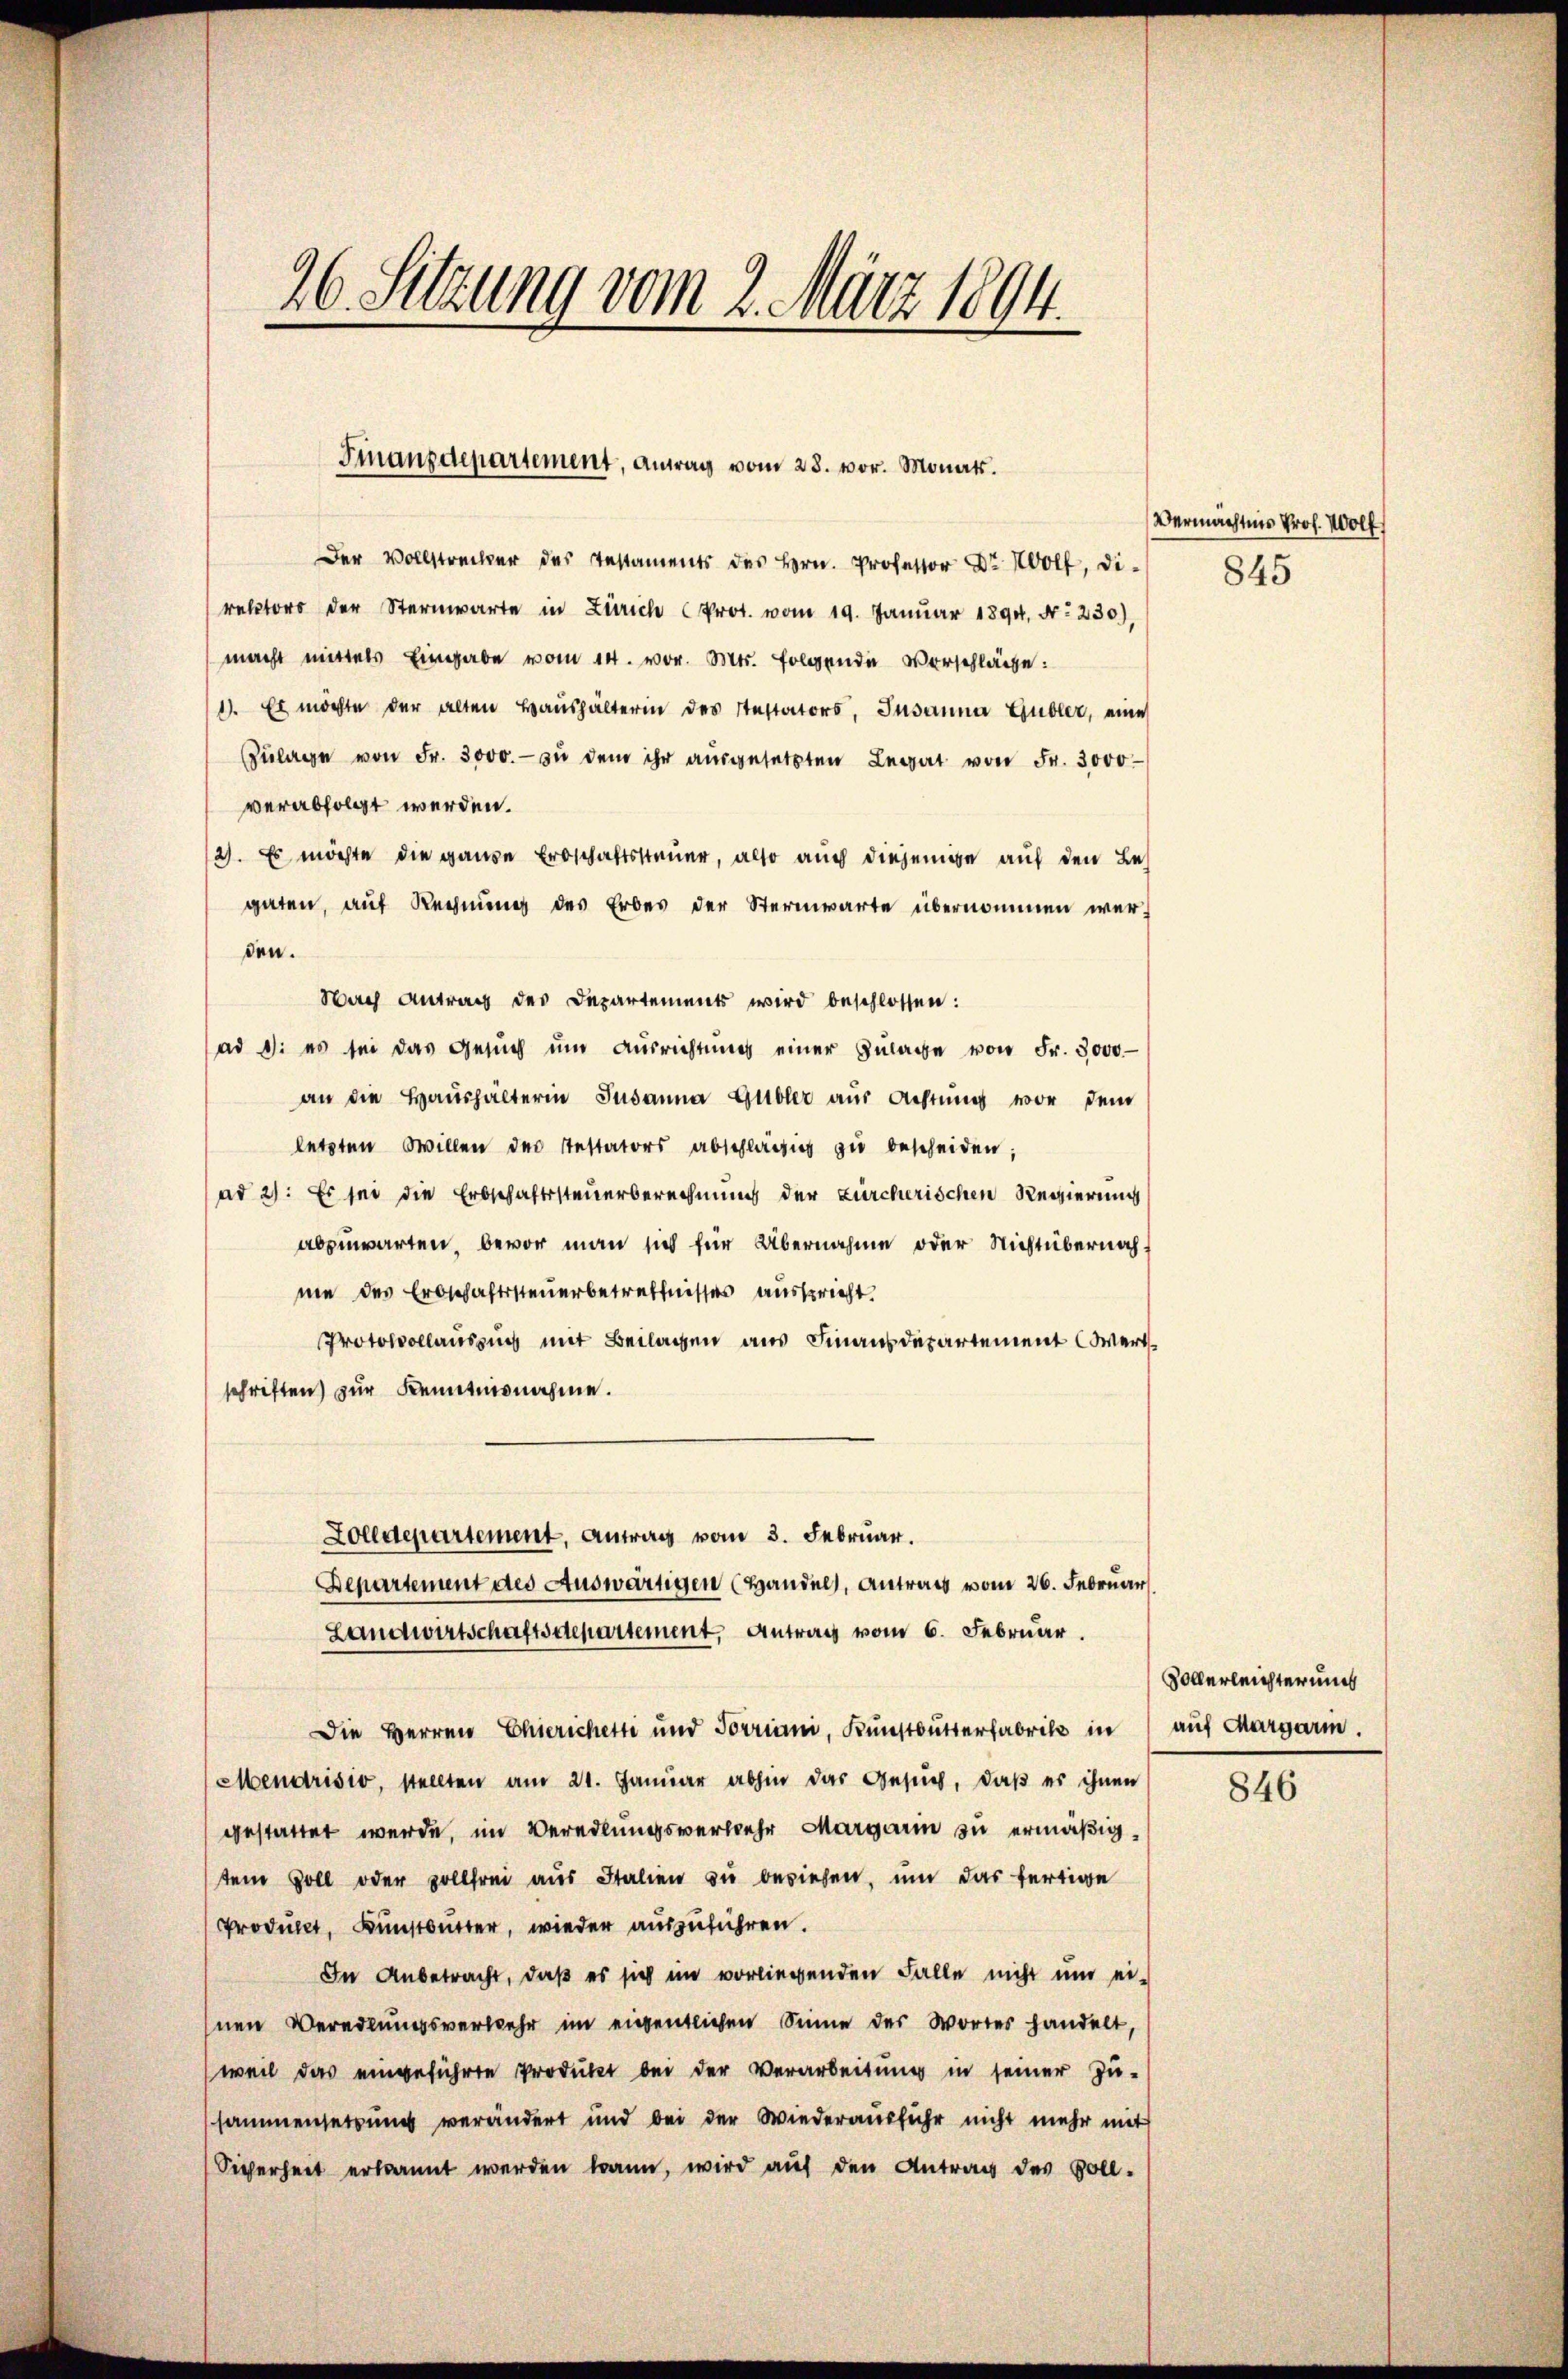
26. Sitzung vom 2. März 1894.

Der Vollstrecker des Testaments des Hrn. Professor Dr. Wolf, direktors der Sternwarte in Zürich Prot. vom 19. Januar 1890, Nr. 230),
macht mittels Eingabe vom 14. vor. Mts. folgende Vorschläge:
1). Es möchte der alten Haŭshälterin des Testators, Susanna Gubler, eine
Zŭlage von Fr. 3000.- zŭ dem ihr aŭsgesetzten Legat von Fr. 3000
verabfolgt werden.
2). Es möchte die ganze Erbschaftssteuer, also auch diejenige auf den Leh
gaten, auf Rechnung des Erbes der Sternwarte übernommen werden.
Nach Antrag des Departements wird beschlossen:
ad 1. es sei das Gesŭch ŭm Aŭsrichtŭng einer Zŭlage von Fr. 3000
an die Haushalterin Susanna Gubler aus Achtung vor dem
letzten Willen des Testators abschlägig zu bescheiden;
ad 21: Es sei die Erbschaftssteuerberechnung der zürcherischen Regierung
abzuwarten, bevor man sich für Übernahme oder Nichtübernach
me des Erbschaftssteuerbetreffnisses ausspricht.
Protokollauszug mit Beilagen aus Finanzdepartement Wert
schriften) zur Kenntnisnahme.
Zolldepartement, Antrag vom 3. Februar.
Departement des Auswärtigen (Handel, Antrag vom 26. Februar
Landwirtschaftsdepartement, Antrag vom 6. Februar.
Die Herren Chierichetti und Torriani, Kunstbutterfabrik in
Mendrisio, stellten am 21. Janŭar abhin das Gesŭch, daβ er ihnen
gestattet werde, im Veredlungsverwehr Margarin zu ermäßigtem soll oder solltem aus Italien zu beziehen, um das fertige
Produkt, Kunstunter, wieder auszuführen.
In Anbetracht, daß es sich im vorliegenden Falle nicht um ei-
hnen Veredlungsverwehr im eigentlichen Sinne der Wortes handelt,
(weil das eingeführte Produkt bei der Verarbeitung in seiner Zu-
sammensetzung verändert und bei der Wiederausführ nicht mehr mit
Sicherheit erkannt werden kann, wird auf den Antrag des Voll-

Finanzdepartement, antrag vom 28. vor. Monat.

Vermächtnis Prof. Wolf

845

Vollerleichter und
auf Margarm.

846